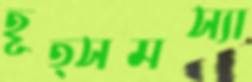
হূত্সমস্যা